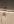
لم